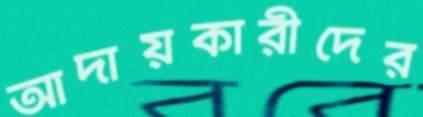
আদায়কারীদের